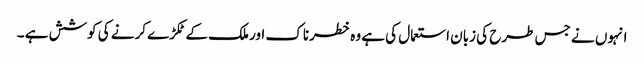
انہوں نے جس طرح کی زبان استعمال کی ہے وہ خطرناک اور ملک کے ٹکڑے کرنے کی کوشش ہے ۔